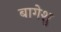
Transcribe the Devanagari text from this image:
बागेशु